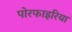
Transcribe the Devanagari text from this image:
पोरफाइरिया